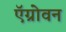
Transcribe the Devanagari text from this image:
ऍग्रोवन